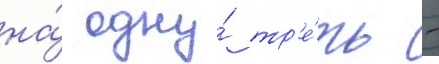
на́ одну́ тр'е́ть -